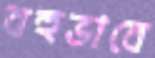
বহুভাবে